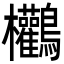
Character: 𪈻